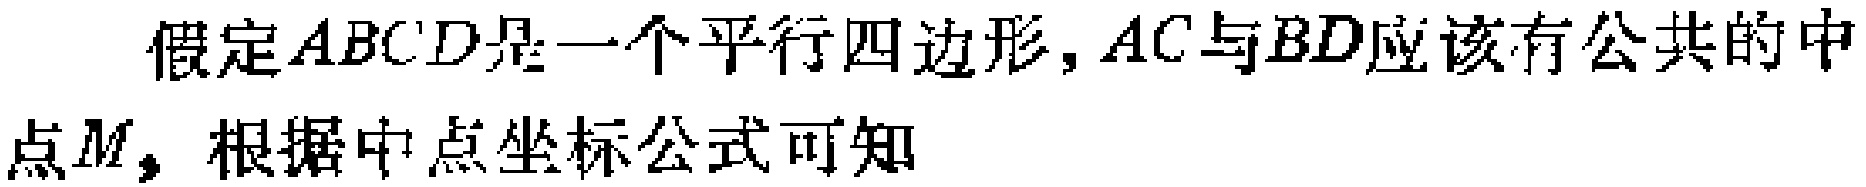
假定$ABCD$是一个平行四边形，$AC$与$BD$应该有公共的中

点$M$，根据中点坐标公式可知